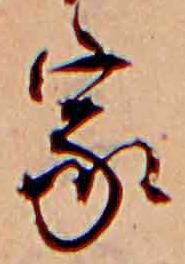
家